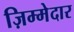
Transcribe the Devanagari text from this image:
ज़िम्‍मेदार